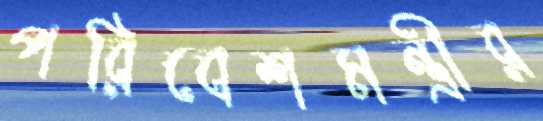
পরিবেশমন্ত্রীর